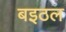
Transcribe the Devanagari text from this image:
बइठल